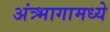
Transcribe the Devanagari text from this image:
अंत्र्भागामध्ये